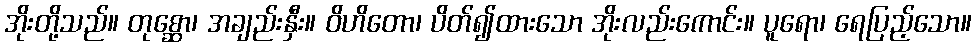
အိုးတို့သည်။ တုစ္ဆော၊ အချည်းနှီး။ ဝိဟိတော၊ ပိတ်၍ထားသော အိုးလည်းကောင်း။ ပူရော၊ ရေပြည့်သော။